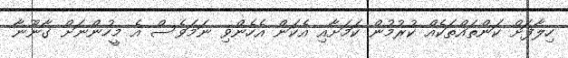
ހިލާފަށް ކަންތައްތަކެއް ކުރުމުން ކަމަށާއި އެކަން އެހެންވި ނަމަވެސް އެ މީހުންނަށް ގާނޫނާ